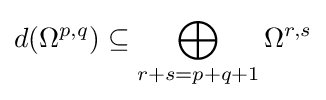
d(\Omega ^{p,q})\subseteq \bigoplus _{r+s=p+q+1}\Omega ^{r,s}